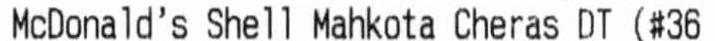
MCDONALD'S SHELL MAHKOTA CHERAS DT (#36